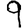
Digit: 9